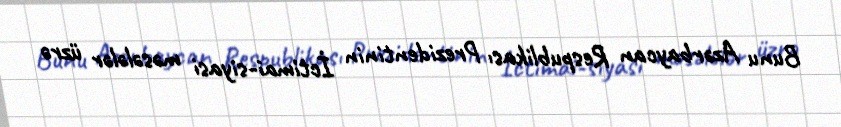
Bunu Azərbaycan Respublikası Prezidentinin İctimai-siyasi məsələlər üzrə